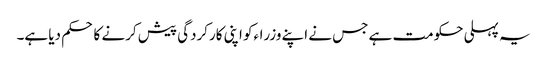
یہ پہلی حکومت ہے جس نے اپنے وزراءکو اپنی کارکردگی پیش کرنے کا حکم دیا ہے۔